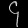
Digit: ၄